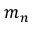
m _ { n }